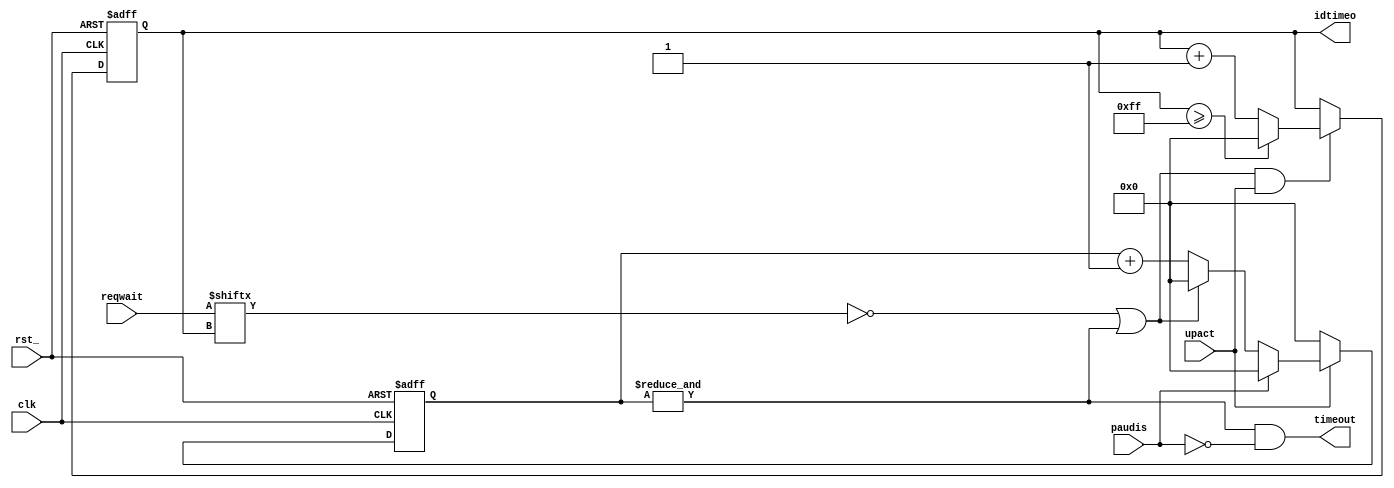
// Description  : .
////////////////////////////////////////////////////////////////////////////////

module ipsmacge_txtimeout
    (
     clk,
     rst_,
     // pause cnt
     paudis,
     //
     reqwait,
     //
     timeout,
     idtimeo,
     upact
     );

////////////////////////////////////////////////////////////////////////////////
// Parameter declarations

parameter   IDBIT   = 8;
parameter   WAITBIT = 256;
parameter   ENDVAL  = 8'd255;
parameter   CNTBIT  = 8;

////////////////////////////////////////////////////////////////////////////////
// Port declarations

input               clk;
input               rst_;

input               paudis;

input [WAITBIT-1:0] reqwait;

output              timeout;
output [IDBIT-1:0]  idtimeo;
input               upact;

////////////////////////////////////////////////////////////////////////////////
// Local logic and instantiation

wire            finish;
reg [IDBIT-1:0] idpro;
always @(posedge clk or negedge rst_)
    begin
    if(!rst_) idpro <= {IDBIT{1'b0}};
    else if(finish & upact)
        begin
        if(idpro >= ENDVAL) idpro <= {IDBIT{1'b0}};
        else idpro <= idpro + 1'b1;
        end
    end

reg [CNTBIT-1:0] cnttime;
wire        endcnttime;
assign      endcnttime = &cnttime;

wire        reqwaitbit;
assign      reqwaitbit = reqwait[idpro];

assign      finish = (!reqwaitbit) | endcnttime;

always @(posedge clk or negedge rst_)
    begin
    if(!rst_)           cnttime <= {CNTBIT{1'b0}};
    else if (~upact)    cnttime <= {CNTBIT{1'b0}};
    else if (paudis)   cnttime <= {CNTBIT{1'b0}};
    else if (finish)    cnttime <= {CNTBIT{1'b0}};
    else                cnttime <= cnttime + 1'b1;
    end

wire        timeout;
assign      timeout = endcnttime & (~paudis);

wire [IDBIT-1:0] idtimeo;
assign           idtimeo = idpro;

endmodule